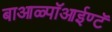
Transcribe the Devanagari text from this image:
बाआळ्पॉआईण्टॅ